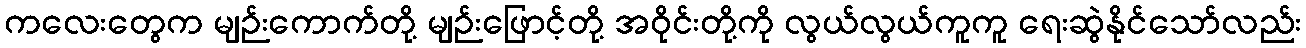
ကလေးတွေက မျဉ်းကောက်တို့ မျဉ်းဖြောင့်တို့ အဝိုင်းတို့ကို လွယ်လွယ်ကူကူ ရေးဆွဲနိုင်သော်လည်း